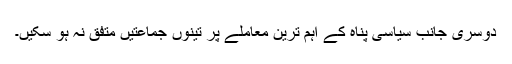
دوسری جانب سیاسی پناہ کے اہم ترین معاملے پر تینوں جماعتیں متفق نہ ہو سکیں۔